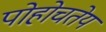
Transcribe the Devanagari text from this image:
पोहोचतेय